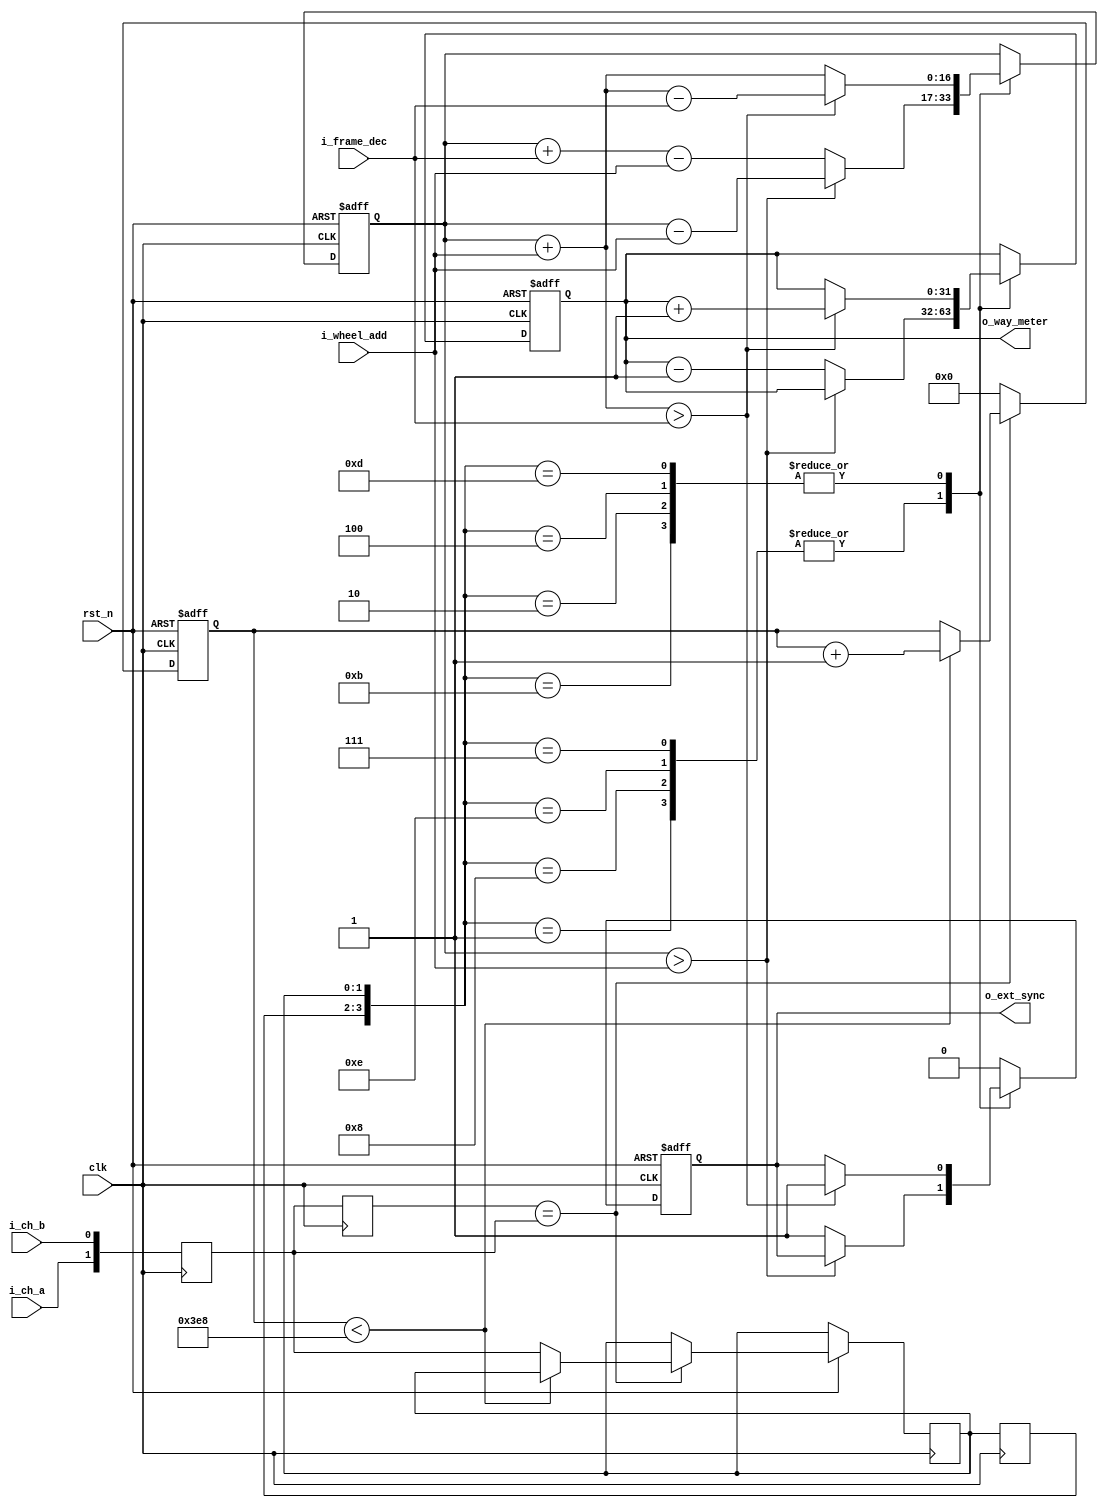
module ext_sync(
	input						rst_n,
	input						clk,
	
	input						i_ch_a,
	input						i_ch_b,
	
	input		[7:0]			i_wheel_add,
	input		[7:0]			i_frame_dec,
	
	output						o_ext_sync,
	output		[31:0]			o_way_meter
);

	reg			[1:0]			in_dp;
	always @ (posedge clk) in_dp <= {i_ch_a, i_ch_b};

	reg			[1:0]			unjit_dp;
	reg			[15:0]			unjit_cntr;

	always @ (posedge clk) unjit_dp <= in_dp;

	always @ (posedge clk or negedge rst_n)
		if(~rst_n)
			unjit_cntr <= 16'd0;
		else
			if(unjit_dp == in_dp) begin
				`ifdef TESTMODE
				if(unjit_cntr < 16'd4)
				`else
				if(unjit_cntr < 16'd1000)
				`endif
					unjit_cntr <= unjit_cntr + 16'd1;
				else
					dp <= in_dp;
			end
			else
				unjit_cntr <= 16'd0;
		
	reg			[1:0]			dp;
	reg			[1:0]			prev_dp;

	always @ (posedge clk) prev_dp <= dp;

	reg			[31:0]			wm_cntr;

	reg			[16:0]			brazen_summ;
	reg			[0:0]			sync_pulse;

	always @ (posedge clk or negedge rst_n)
		if(~rst_n) begin
			wm_cntr <= 32'd0;
			brazen_summ <= 16'd0;
			sync_pulse <= 1'b0;
		end
		else
			case({prev_dp, dp})
				4'b0111, 
				4'b1110, 
				4'b1000, 
				4'b0001: begin					
					if(brazen_summ > i_wheel_add)
						brazen_summ <= brazen_summ - i_wheel_add;
					else begin
						brazen_summ <= (brazen_summ + i_frame_dec) - i_wheel_add;
						sync_pulse <= 1'b1;
						wm_cntr <= wm_cntr - 32'd1;
					end
				end
				
				4'b1101,
				4'b0100,
				4'b0010,
				4'b1011: begin					
					if(brazen_summ + i_wheel_add > i_frame_dec) begin
						brazen_summ <= (brazen_summ + i_wheel_add) - i_frame_dec;
						sync_pulse <= 1'b1;
						wm_cntr <= wm_cntr + 32'd1;
					end
					else
						brazen_summ <= brazen_summ + i_wheel_add;
				end
				
				default:
					sync_pulse <= 1'b0;
			endcase
			
	assign o_way_meter = wm_cntr;
	assign o_ext_sync = sync_pulse;

endmodule